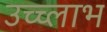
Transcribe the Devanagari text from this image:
उच्च्लाभ